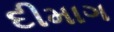
દીમાગ